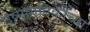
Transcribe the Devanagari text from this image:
उष्मागतिकीच्या